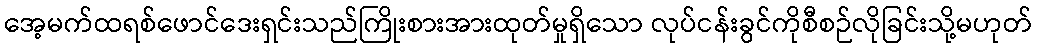
အေ့မက်ထရစ်ဖောင်ဒေးရှင်းသည်ကြိုးစားအားထုတ်မှုရှိသော လုပ်ငန်းခွင်ကိုစီစဉ်လိုခြင်းသို့မဟုတ်